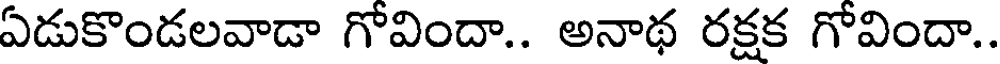
ఏడుకొండలవాడా గోవిందా.. అనాథ రక్షక గోవిందా..